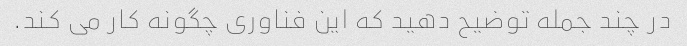
در چند جمله توضیح دهید که این فناوری چگونه کار می کند.